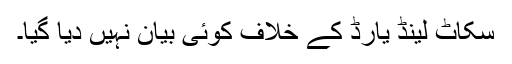
سکاٹ لینڈ یارڈ کے خلاف کوئی بیان نہیں دیا گیا۔